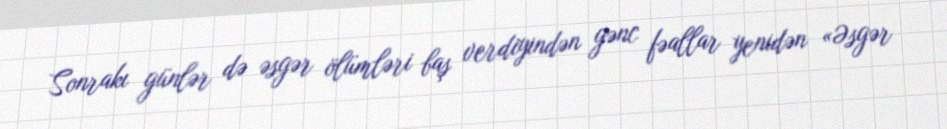
Sonrakı günlər də əsgər ölümləri baş verdiyindən gənc fəallar yenidən «Əsgər